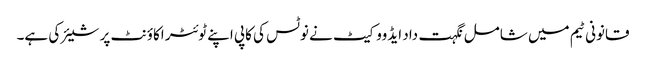
قانونی ٹیم میں شامل نگہت داد ایڈووکیٹ نے نوٹس کی کاپی اپنے ٹوئٹر اکاؤنٹ پر شیئر کی ہے۔